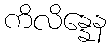
ကိလိန္နေန